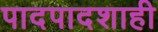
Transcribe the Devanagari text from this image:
पादपादशाही